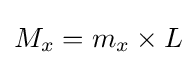
{\textstyle M_{x}=m_{x}\times L}